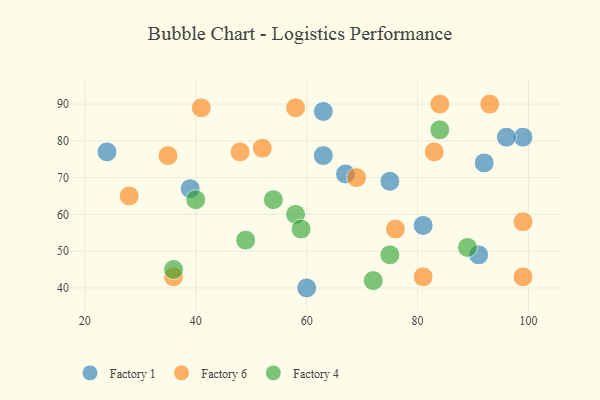
{"axis": {"x": "GDP", "y": "Life Expectancy"}, "legend": ["Factory 1", "Factory 4", "Factory 6"], "data": [{"x": "63", "y": 88, "type": "Factory 1"}, {"x": "75", "y": 69, "type": "Factory 1"}, {"x": "39", "y": 67, "type": "Factory 1"}, {"x": "63", "y": 76, "type": "Factory 1"}, {"x": "99", "y": 81, "type": "Factory 1"}, {"x": "24", "y": 77, "type": "Factory 1"}, {"x": "92", "y": 74, "type": "Factory 1"}, {"x": "91", "y": 49, "type": "Factory 1"}, {"x": "60", "y": 40, "type": "Factory 1"}, {"x": "81", "y": 57, "type": "Factory 1"}, {"x": "96", "y": 81, "type": "Factory 1"}, {"x": "67", "y": 71, "type": "Factory 1"}, {"x": "58", "y": 89, "type": "Factory 6"}, {"x": "41", "y": 89, "type": "Factory 6"}, {"x": "76", "y": 56, "type": "Factory 6"}, {"x": "81", "y": 43, "type": "Factory 6"}, {"x": "52", "y": 78, "type": "Factory 6"}, {"x": "36", "y": 43, "type": "Factory 6"}, {"x": "84", "y": 90, "type": "Factory 6"}, {"x": "99", "y": 43, "type": "Factory 6"}, {"x": "28", "y": 65, "type": "Factory 6"}, {"x": "69", "y": 70, "type": "Factory 6"}, {"x": "48", "y": 77, "type": "Factory 6"}, {"x": "93", "y": 90, "type": "Factory 6"}, {"x": "99", "y": 58, "type": "Factory 6"}, {"x": "35", "y": 76, "type": "Factory 6"}, {"x": "83", "y": 77, "type": "Factory 6"}, {"x": "58", "y": 60, "type": "Factory 4"}, {"x": "49", "y": 53, "type": "Factory 4"}, {"x": "89", "y": 51, "type": "Factory 4"}, {"x": "75", "y": 49, "type": "Factory 4"}, {"x": "36", "y": 45, "type": "Factory 4"}, {"x": "54", "y": 64, "type": "Factory 4"}, {"x": "59", "y": 56, "type": "Factory 4"}, {"x": "40", "y": 64, "type": "Factory 4"}, {"x": "84", "y": 83, "type": "Factory 4"}, {"x": "72", "y": 42, "type": "Factory 4"}]}